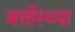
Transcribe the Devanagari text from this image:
बत्तीस्च्या